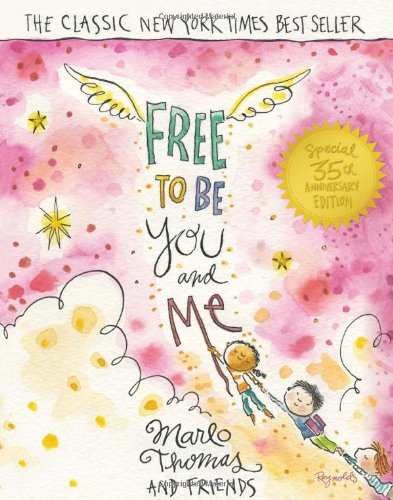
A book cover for Free to Be...You and Me (The 35th Anniversary Edition); Marlo Thomas and Friends; Literature & Fiction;